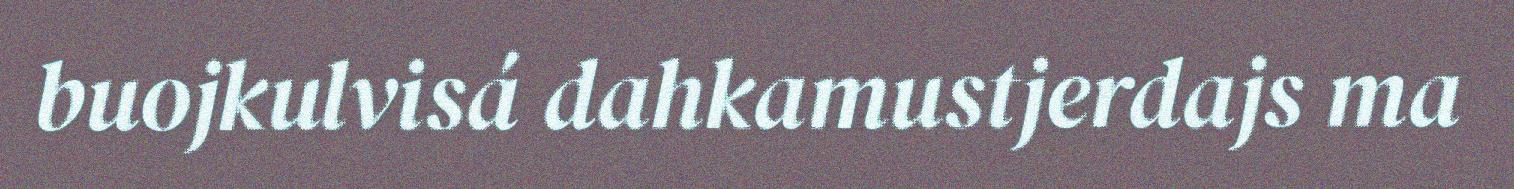
buojkulvisá dahkamustjerdajs ma